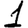
Digit: 1